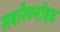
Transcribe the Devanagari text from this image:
सबारैक्नॉइड